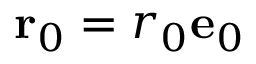
\mathbf { r } _ { 0 } = r _ { 0 } \mathbf { e } _ { 0 }